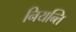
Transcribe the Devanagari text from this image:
नियन्ति